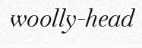
woolly-head